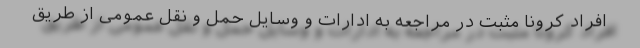
افراد کرونا مثبت در مراجعه به ادارات و وسایل حمل و نقل عمومی از طریق